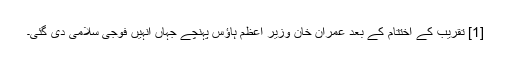
[1] تقریب کے اختتام کے بعد عمران خان وزیر اعظم ہاؤس پہنچے جہاں انہیں فوجی سلامی دی گئی۔